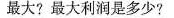
最大?最大利润是多少?